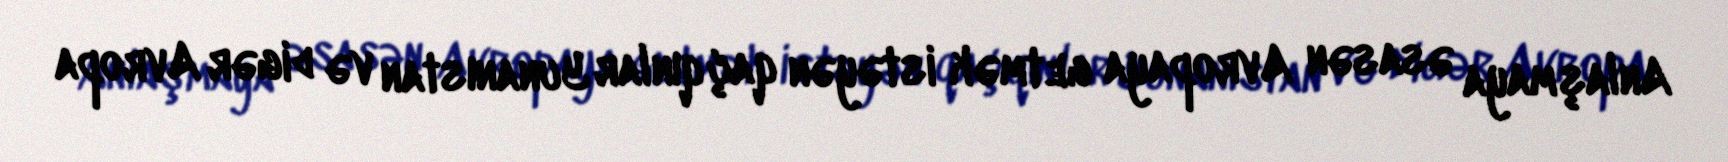
Anlaşmaya əsasən Avropaya getmək istəyən qaçqınlar Yunanıstan və digər Avropa